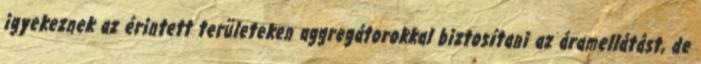
igyekeznek az érintett területeken aggregátorokkal biztosítani az áramellátást, de